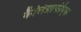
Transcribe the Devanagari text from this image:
कैलिग्राफीएक